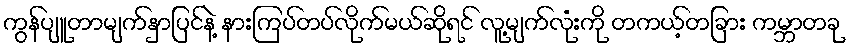
ကွန်ပျူတာမျက်နှာပြင်နဲ့ နားကြပ်တပ်လိုက်မယ်ဆိုရင် လူ့မျက်လုံးကို တကယ့်တခြား ကမ္ဘာတခု